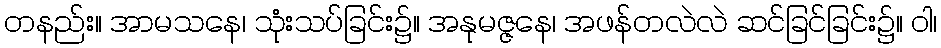
တနည်း။ အာမသနေ၊ သုံးသပ်ခြင်း၌။ အနုမဇ္ဇနေ၊ အဖန်တလဲလဲ ဆင်ခြင်ခြင်း၌။ ဝါ၊